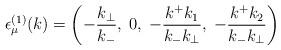
LaTeX: \begin{align*}{\epsilon}_{\mu}^{(1)}(k)=\left( -\frac{k_{\bot}}{k_-},\;0,\;-\frac{k^+k_1}{k_-k_{\bot}},\;-\frac{k^+k_2}{k_-k_{\bot}}\right) \end{align*}